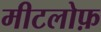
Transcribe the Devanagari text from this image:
मीटलोफ़